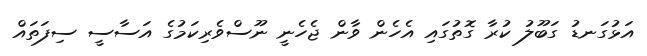
އަޅުގަނޑު ގަބޫލު ކުރާ ގޮތުގައި އެހެން ވާން ޖެހެނީ ނޫސްވެރިކަމުގެ އަސާސީ ސިފަތައް